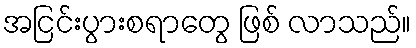
အငြင်းပွားစရာတွေ ဖြစ် လာသည်။